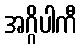
အဂ္ဂိပါကီ